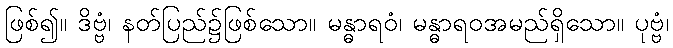
ဖြစ်၍။ ဒိဗ္ဗံ၊ နတ်ပြည်၌ဖြစ်သော။ မန္ဓာရဝံ၊ မန္ဓာရဝအမည်ရှိသော။ ပုဗ္ဗံ၊